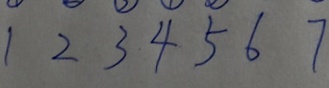
1 2 3 4 5 6 7